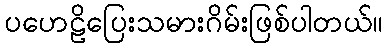
ပဟေဠိပြေးသမားဂိမ်းဖြစ်ပါတယ်။